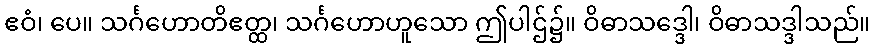
ဧဝံ၊ ပေ။ သင်္ဂဟောတိဧတ္ထ၊ သင်္ဂဟောဟူသော ဤပါဌ်၌။ ဝိဓာသဒ္ဒေါ၊ ဝိဓာသဒ္ဒါသည်။